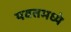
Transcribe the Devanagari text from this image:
यवतमध्ये